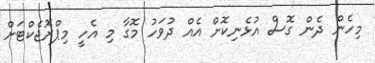
މިހެން ދެން ގޮސް އުޅެނިކޮށް އެއް ދުވަހު މޮގާ މި އެހީ މިޕްރޮޖެކްޓަށް